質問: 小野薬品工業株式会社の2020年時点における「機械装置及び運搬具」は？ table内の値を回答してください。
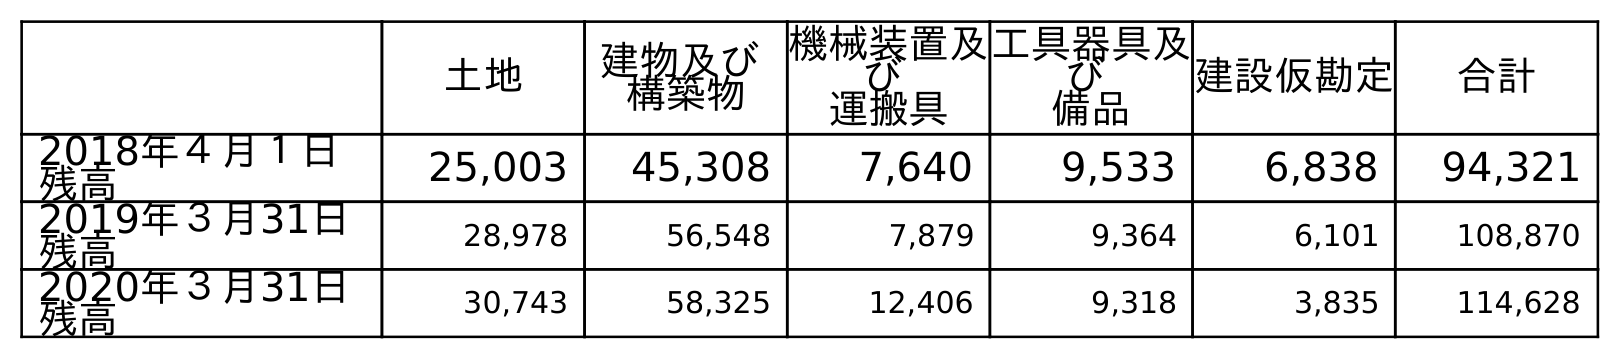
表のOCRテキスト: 土地 建物及び 構築物 機械装置及 び 運搬具 工具器具及 び 備品 建設仮勘定 合計 2018年４月１日 残高 25,003 45,308 7,640 9,533 6,838 94,321 2019年３月31日 残高 28,978 56,548 7,879 9,364 6,101 108,870 2020年３月31日 残高 30,743 58,325 12,406 9,318 3,835 114,628
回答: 12,406